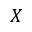
X